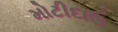
મોટીદાઉ